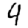
Digit: 4